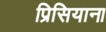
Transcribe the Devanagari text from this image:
प्रिसियाना